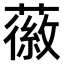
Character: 𫉪